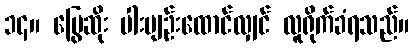
၁၄။ မြွေဆိုး ပါးပျဉ်းထောင်လျှင် လူရိုက်ခံရသည်။